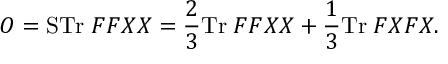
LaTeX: O = \mathrm { S T r } \; F F X X = \frac { 2 } { 3 } \mathrm { T r } \; F F X X + \frac { 1 } { 3 } \mathrm { T r } \; F X F X .